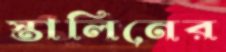
স্তালিনের